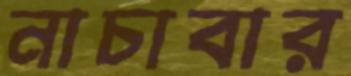
নাচাবার